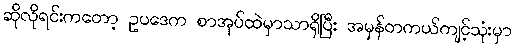
ဆိုလိုရင်းကတော့ ဥပဒေက စာအုပ်ထဲမှာသာရှိပြီး အမှန်တကယ်ကျင့်သုံးမှာ